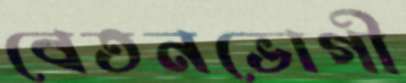
বেতনভোগী